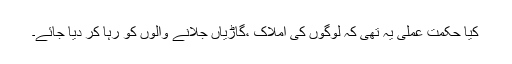
کیا حکمت عملی یہ تھی کہ لوگوں کی املاک ،گاڑیاں جلانے والوں کو رہا کر دیا جائے۔